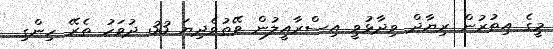
މީގެ އިތުރުން ރިޔާދް ވިދާޅުވީ އިސްރާއީލުން ވޭތުވެދިޔަ 33 ދުވަހު ތެރޭ ހިންގި